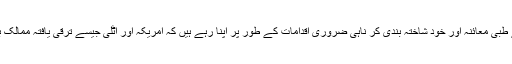
دنیا بھر میں اس وبا سے مقابلہ کرنے کے لئے طبی معائنہ اور خود شاختۂ بندی کر ناہی ضروری اقدامات کے طور پر اپنا رہے ہیں کہ امریکہ اور اٹلی جیسے ترقی یافتہ ممالک بھی اس کی کوئی دوا تلاش نہیں کر سکے ہیں ۔